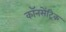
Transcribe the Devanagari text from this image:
कॉनसेंट्रिक